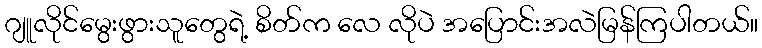
ဂျူလိုင်မွေးဖွားသူတွေရဲ့ စိတ်က လေ လိုပဲ အပြောင်းအလဲမြန်ကြပါတယ်။